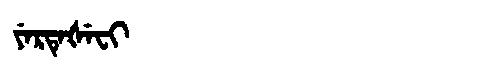
Manchu: ᠶᡝᡵᡨᡝᡧᡝᠸᡳ
Romanization: YERTEŠEFI